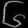
Digit: ၆